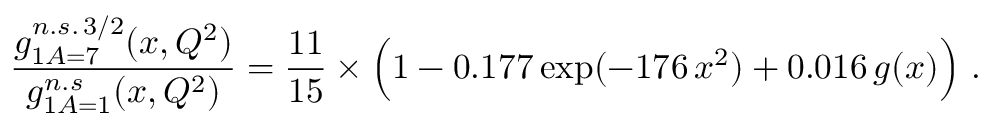
\frac { g _ { 1 A = 7 } ^ { n . s . \, 3 / 2 } ( x , Q ^ { 2 } ) } { g _ { 1 A = 1 } ^ { n . s } ( x , Q ^ { 2 } ) } = \frac { 1 1 } { 1 5 } \times \Big ( 1 - 0 . 1 7 7 \, \mathrm { e x p } ( - 1 7 6 \, x ^ { 2 } ) + 0 . 0 1 6 \, g ( x ) \Big ) \ .